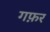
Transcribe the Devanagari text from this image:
गफ़र